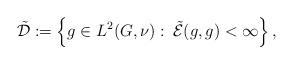
LaTeX: \begin{align*}\tilde{\mathcal{D}}:=\left\{g\in L^2(G,\nu):\:\tilde{\mathcal{E}}(g,g)<\infty\right\},\end{align*}